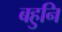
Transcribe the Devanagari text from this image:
बहुनि